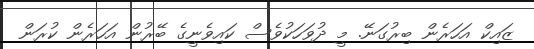
ޒައިކް އަހަރެން ބިރުގަނޭ. މީ ދުވަހަކުވެސް ކައިވެނީގެ ބޭރުން އަހަރެން ކުރަން